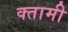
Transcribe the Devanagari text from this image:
क्तामी